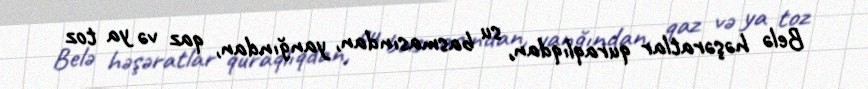
Belə həşəratlar quraqlıqdan, su basmasından, yanğından, qaz və ya toz